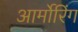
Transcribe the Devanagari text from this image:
आर्मोरिंग